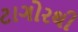
ટાગોરથી